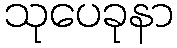
သုပေခုနာ